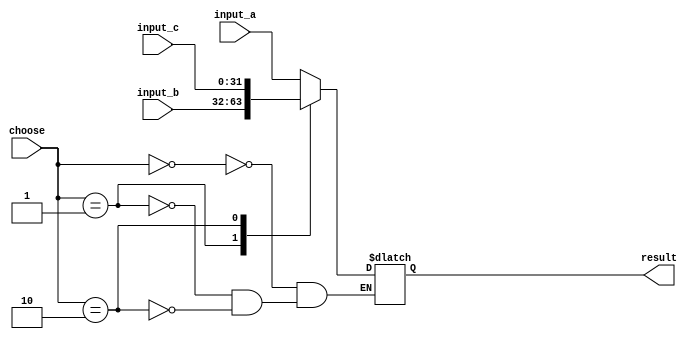
// 2016 Rui Tu
//  adder Module
// we don't handle overflows in anyform
// THe default will return the most recent choice
module mux3 (
  input_a,
  input_b,
  input_c,
  
  choose,
  result
);
  parameter width = 32;
  
  input wire [width - 1: 0] input_a;
  input wire [width - 1: 0] input_b;
  input wire [width - 1: 0] input_c;
  input wire [1:0] choose;

  output reg [width - 1: 0] result;
  
  localparam CHOOSE_A = 2'b00,
             CHOOSE_B = 2'b01,
             CHOOSE_C = 2'b10;

  always@(*) begin
    case(choose) 
      CHOOSE_A: result <= input_a;
      CHOOSE_B: result <= input_b;
      CHOOSE_C: result <= input_c;
        // default gets the result from the most recent value
        // $display("UNknown choose for mux3");
    endcase
  end
endmodule